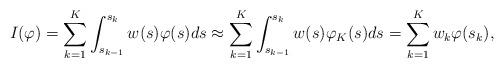
LaTeX: \begin{align*} I(\varphi) = \sum_{k=1}^K \int_{s_{k-1}}^{s_k} w(s)\varphi(s)ds \approx \sum_{k=1}^K \int_{s_{k-1}}^{s_k} w(s)\varphi_K(s)ds = \sum_{k=1}^K w_k \varphi(s_k),\end{align*}